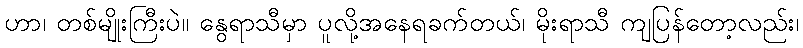
ဟာ၊ တစ်မျိုးကြီးပဲ။ နွေရာသီမှာ ပူလို့အနေရခက်တယ်၊ မိုးရာသီ ကျပြန်တော့လည်း၊